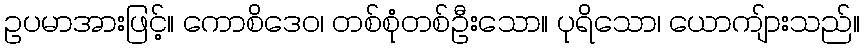
ဥပမာအားဖြင့်။ ကောစိဒေဝ၊ တစ်စုံတစ်ဦးသော။ ပုရိသော၊ ယောကျ်ားသည်။